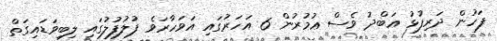
ފަހުން ދަރިފުޅު ޢަބްދު ވެސް ޢުމުރުން 6 އަހަރުގައި އަވަހާރަވެ ފުލުފުލުގައި ލިބިވަޑައިގަތް